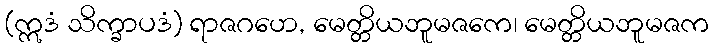
(ဣဒံ သိက္ခာပဒံ) ရာဇဂဟေ, မေတ္တိယဘူမဇကေ၊ မေတ္တိယဘူမဇက